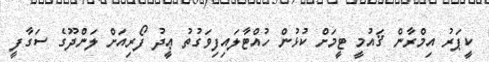
ކީޕަރު އިމްރާން ޤައުމީ ޓީމަށް ކުޅުން ހުއްޓާލައިފިވަގުތު ޢީދު ފޯރިއަށް ލަންދޫގެ ސަގާފީ